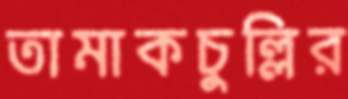
তামাকচুল্লির